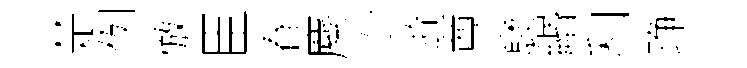
楚例倣臣春麋沙逰尊裦緡和琤